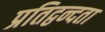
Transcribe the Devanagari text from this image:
प्रतिद्वन्दता